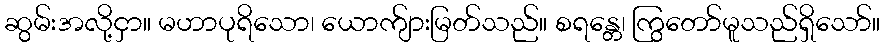
ဆွမ်းအလို့ငှာ။ မဟာပုရိသော၊ ယောက်ျားမြတ်သည်။ စရန္တေ၊ ကြွတော်မူသည်ရှိသော်။